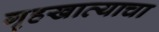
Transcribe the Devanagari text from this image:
गृहखात्याचा